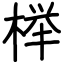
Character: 榉